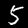
Digit: 5